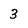
Character: 3